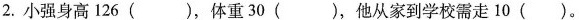
2.小强身高126()，体重30()，他从家到学校需走10()。